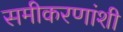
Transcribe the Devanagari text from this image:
समीकरणांशी